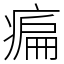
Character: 㾫